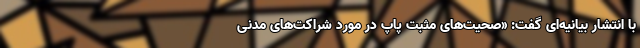
با انتشار بیانیه‌ای گفت: «صحیت‌های مثبت پاپ در مورد شراکت‌های مدنی